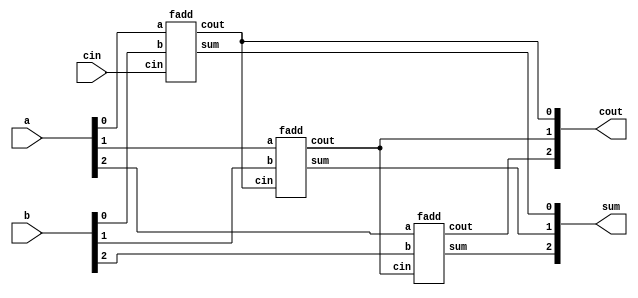
module top_module( 
    input [2:0] a, b,
    input cin,
    output [2:0] cout,
    output [2:0] sum );

    fadd fadd1(.sum(sum[0]),.cout(cout[0]),.a(a[0]),.b(b[0]),.cin(cin));
	genvar i;
    generate
        for(i=1;i<3;i=i+1) begin:fadd3
            fadd faddi(.sum(sum[i]),.cout(cout[i]),.a(a[i]),.b(b[i]),.cin(cout[i-1]));
        end
    endgenerate

endmodule
module fadd( 
    input a, b, cin,
    output cout, sum );
    assign sum = ~a&~b&cin | ~a&b&~cin | a&~b&~cin | a&b&cin;
    assign cout = ~a&b&cin | a&b&~cin | a&~b&cin | a&b&cin;
endmodule